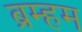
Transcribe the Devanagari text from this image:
ब्रम्हम